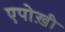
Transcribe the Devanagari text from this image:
एपोख़ी